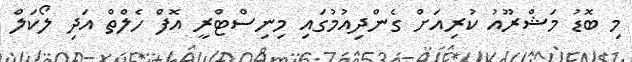
މި ބޮޑު މަޝްރޫއު ކުރިއަށް ގެންދިއުމުގައި މިނިސްޓްރީ އޮފް ހެލްތް އަދި ލޯކަލް